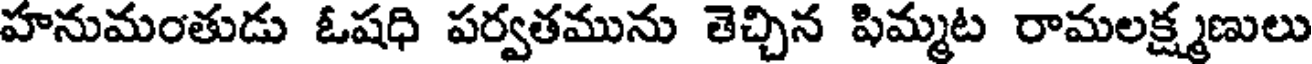
హనుమంతుడు ఓషధి పర్వతమును తెచ్చిన పిమ్మట రామలక్ష్మణులు